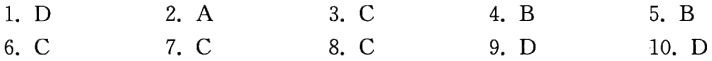
1. D

2. A

3. C

4. B

5. B

6. C

7. C

8. C

9. D

10. D